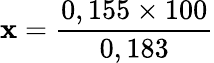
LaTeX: \mathbf{x}=\frac{{0,155\times100}}{{0,183}}